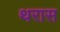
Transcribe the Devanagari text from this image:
थरास